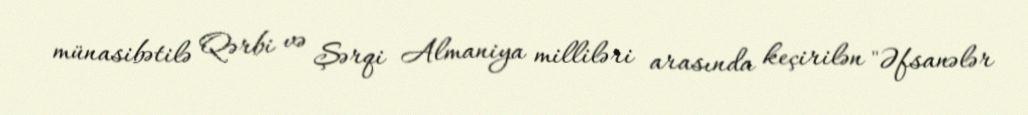
münasibətilə Qərbi və Şərqi Almaniya milliləri arasında keçirilən "Əfsanələr